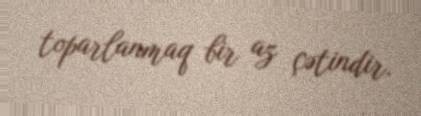
toparlanmaq bir az çətindir.